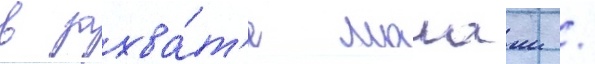
в захва́т'е малаии /